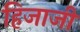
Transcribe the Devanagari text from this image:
हिजाजी